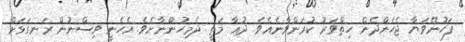
ފަހުނޭވަޔާ ޖެހެންދެން ހިތްވަރު ކުރަންވާނެއެވެ. ދުޢާ މަތީ ދެމިހުންނާށެވެ. އެހެނީ ވިސްނުން ރަނގަޅަށް